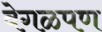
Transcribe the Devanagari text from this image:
वेगळपण